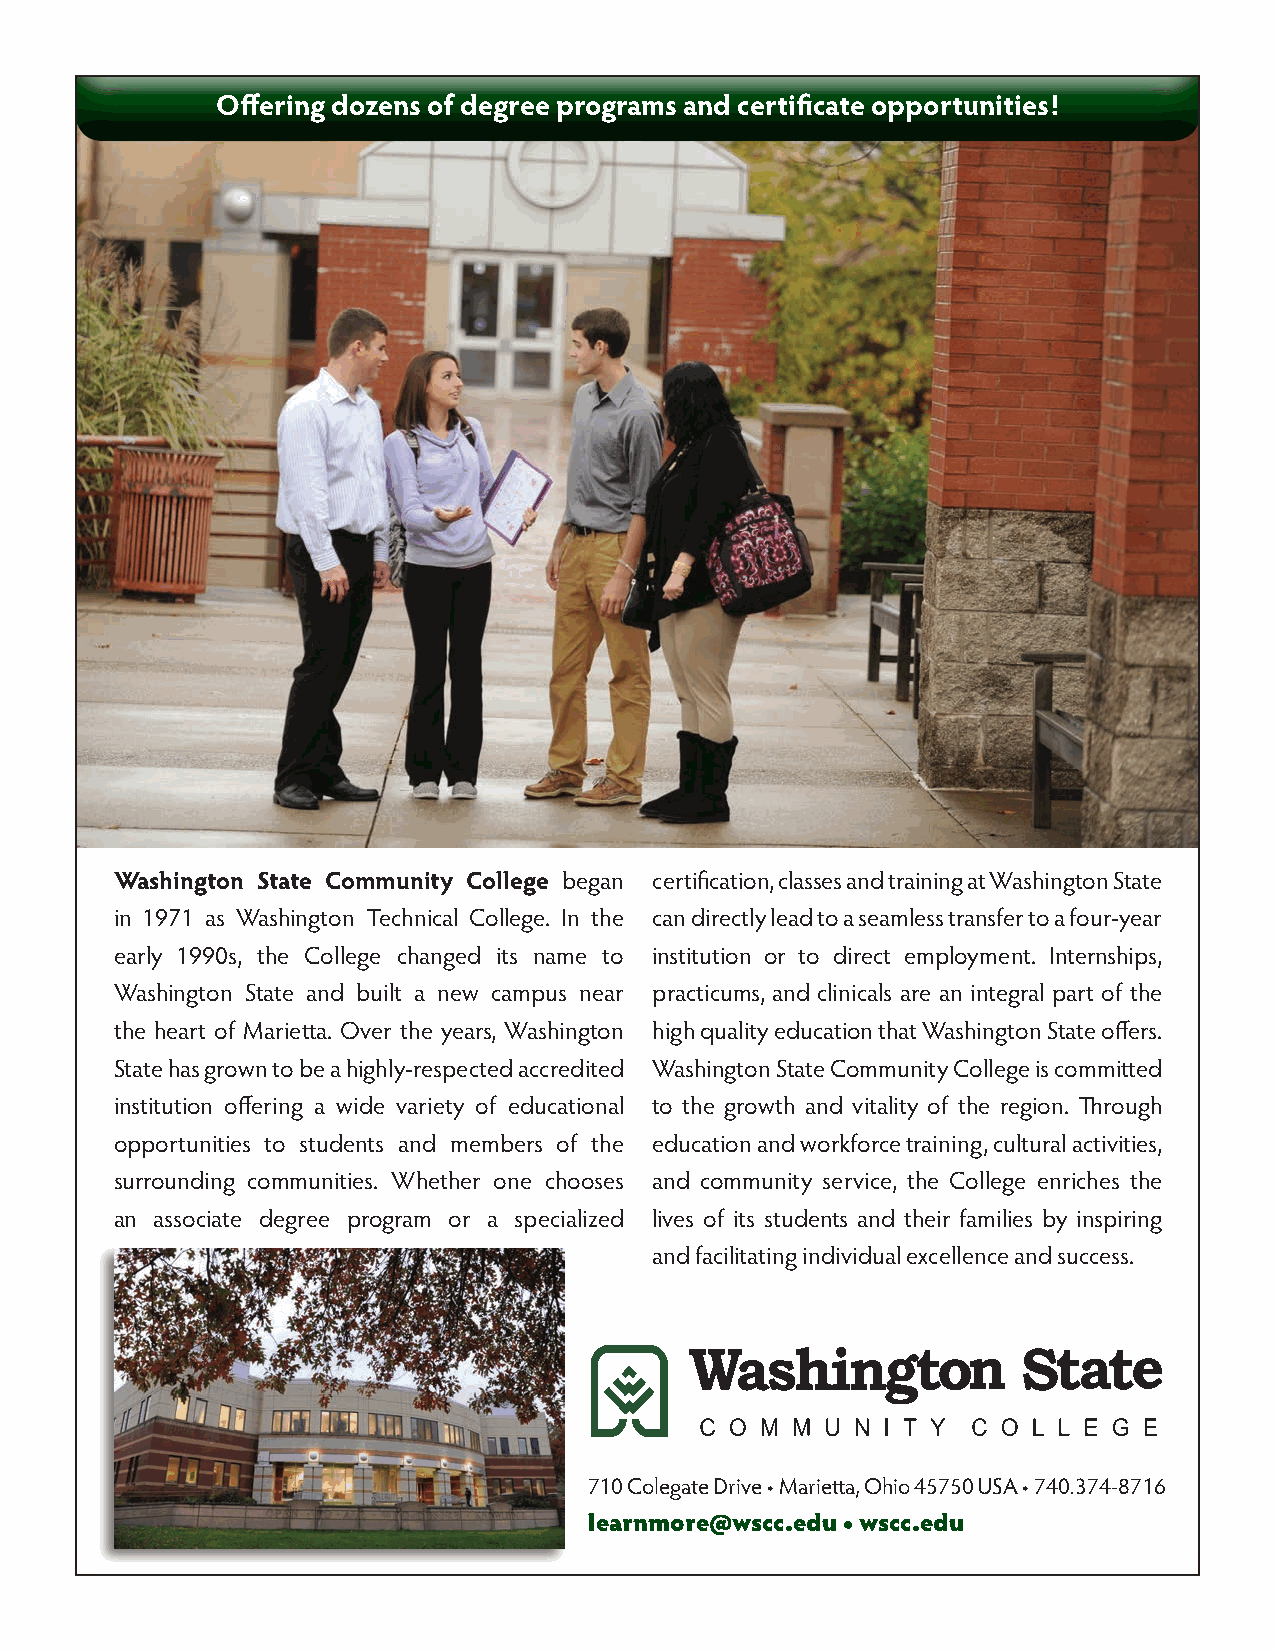
Offering dozens of degree programs and certificate opportunities!
 Washington State Community College began certification, classes and training at Washington State
 in 1971 as Washington Technical College. In the can directly lead to a seamless transfer to a four-year
 early 1990s, the College changed its name to institution or to direct employment. Internships,
 Washington State and built a new campus near practicums, and clinicals are an integral part of the
 the heart of Marietta. Over the years, Washington high quality education that Washington State offers.
 State has grown to be a highly-respected accredited Washington State Community College is committed
 institution offering a wide variety of educational to the growth and vitality of the region. Through
 opportunities to students and members of the education and workforce training, cultural activities,
 surrounding communities. Whether one chooses and community service, the College enriches the
 an associate degree program or a specialized lives of its students and their families by inspiring
 and facilitating individual excellence and success.
 710 Colegate Drive • Marietta, Ohio 45750 USA • 740.374-8716
 learnmore@wscc.edu • wscc.edu